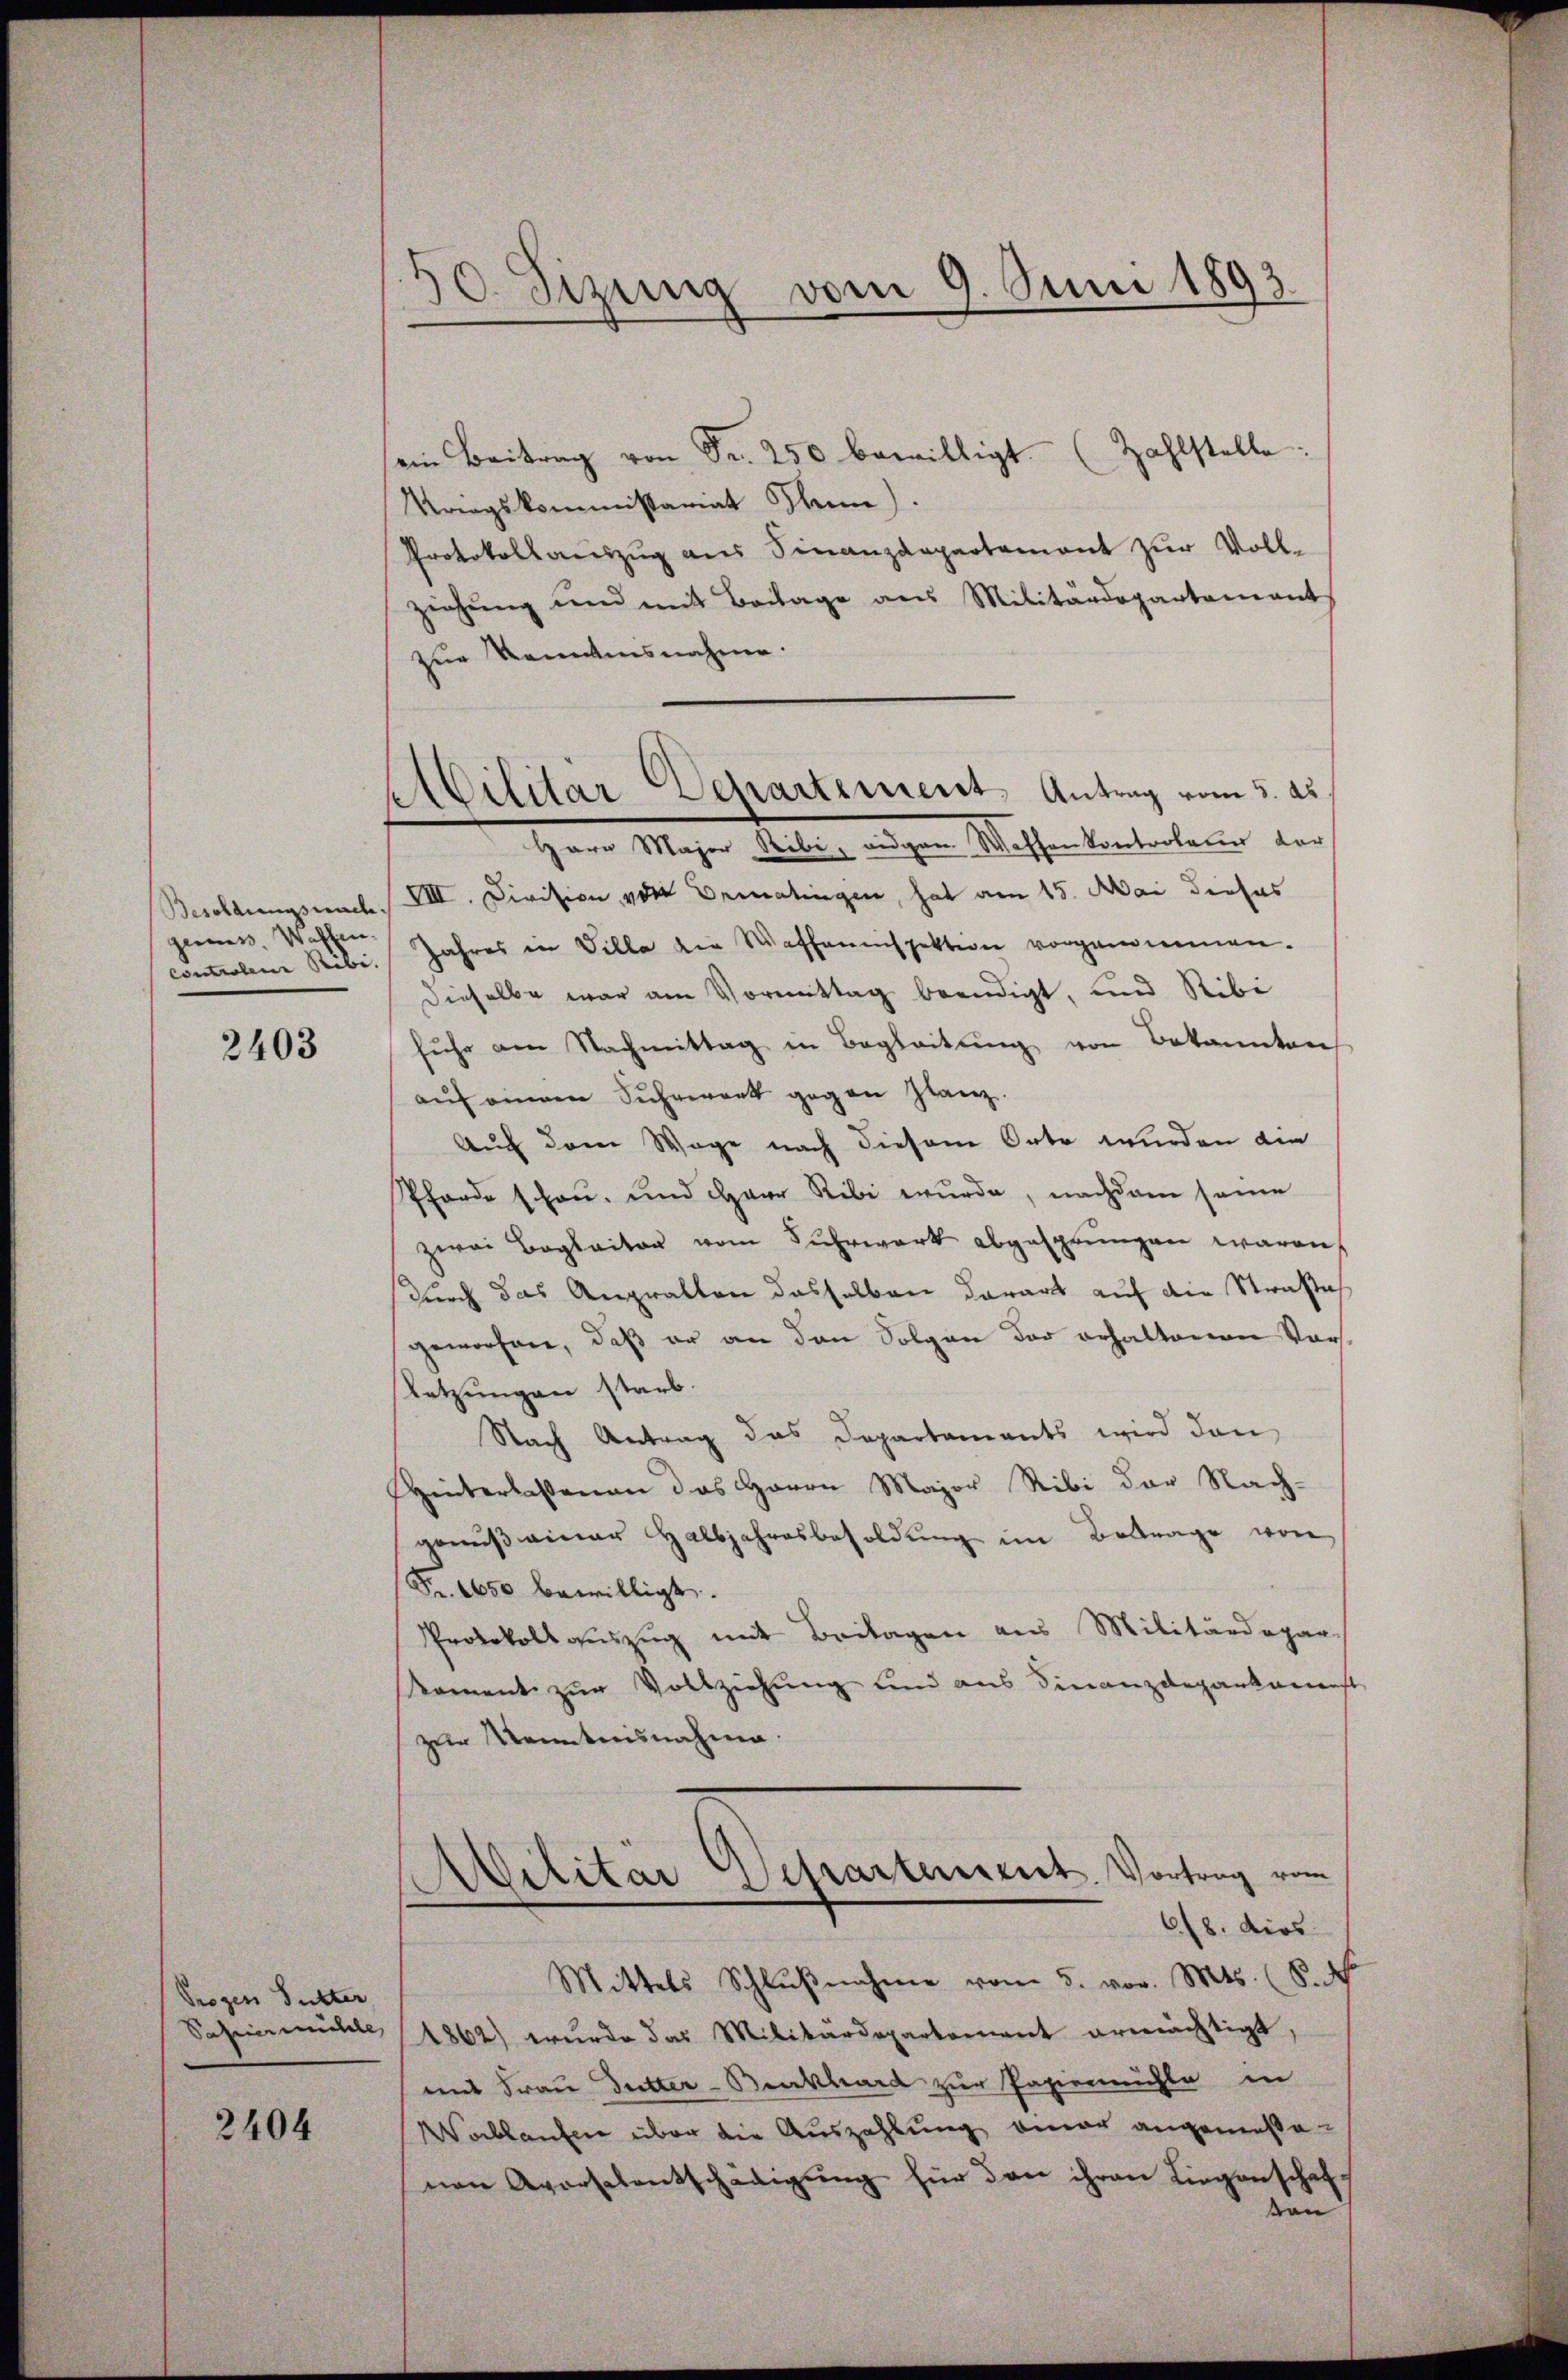
Besoldungswach,
geniess. Waffen.
contralen Ribi.

2403

Prozess Futter

2404

30. Sizung vom 9. Juni 1893

Ailitär Departement, Antrag vom 3. ds.

ein Beitrag von Fr. 250 bewilligt. (Zahlstelle:
Kriegskommissariat Thun.
Protokollauszug aus Finanzdepartement zur Vollziehung und mit Beilage aus Militärdepartamant
zur Kenntnisnahme.
Herr Major Ribi, eidgen Waffenkontrolame der
VIII. Division, von Ermatingen, hat am 15. Mai dieses
Jahres in Villa die Waffenninspektion vorgenommen.
dieselbe war am Vormittag beendigt, und Stibi
fuhr am Nachmittag in Begleitung von Bekannten
aŭf einem Suhrwerk gegen Glanz.
Auch dem Wage nach diesem Orte wurden die
Pforde schau, und Herr Ribi wurde, nachdem seine
zwai Bogleiter vom Fuhrwerk abgesprungen waren.
durch das Angralten dasselben darart auf die Straße
geworfen, daß er an den Folgen der erhaltenen Vorletzungen starb.
Nach Antrag das Departaments wird dan
Hinterlassenen das Herrn Major Ribi der Nach-
gemüβinar Halbjahresbesoldŭng im Betrage von
Fr. 1650 bewilligt.
Protokollauszug mit Beilagen aus Militärdepar
oment zur Vollziehung und aus Finanzdepankamenst
zur Kenntnisnahme
Militar Departement. Vortrag vom
618. dies
Mittels Schlŭβnahme vom 5. vor. Mts. (S.
Sahiermühle 1862) wurde das Militärdepartement ermächtigt.
mit Frau Dutter-Burckhard zur Papiermühle in
Wablaufen über die Auszahlung einer angemeßenen Aversalentschädigŭng für den ihren Liegenschaf
von